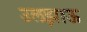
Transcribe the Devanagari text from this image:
उलझाऊ